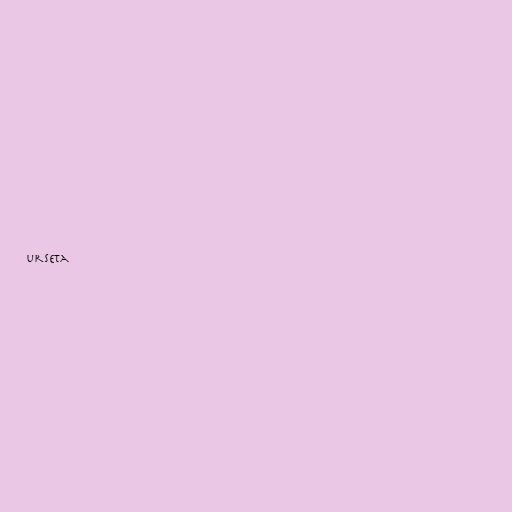
urseta